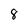
Character: 8